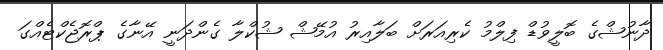
ދާނުޝްގެ ބޮލީވުޑް ފިލްމު ކެރިއަރަށް ބަލާއިރު އުމޭޝް ޝުކްލާ ގެންދަނީ އޭނާގެ ޕްރޮޖެކްޓެއްގަ